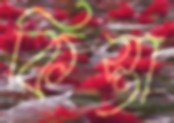
কিস্তা